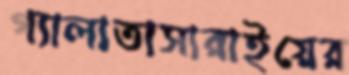
গ্যালাতাসারাইয়ের